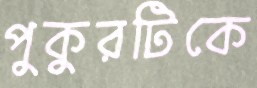
পুকুরটিকে